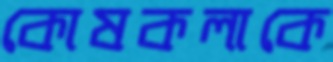
কোষকলাকে